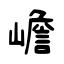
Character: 嶦